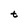
Character: t